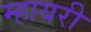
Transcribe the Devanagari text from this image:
म्हायरी